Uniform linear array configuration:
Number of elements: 32
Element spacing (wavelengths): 1
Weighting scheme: blackman
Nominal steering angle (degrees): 60
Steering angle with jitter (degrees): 60.256
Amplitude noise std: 0.05
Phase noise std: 0.05

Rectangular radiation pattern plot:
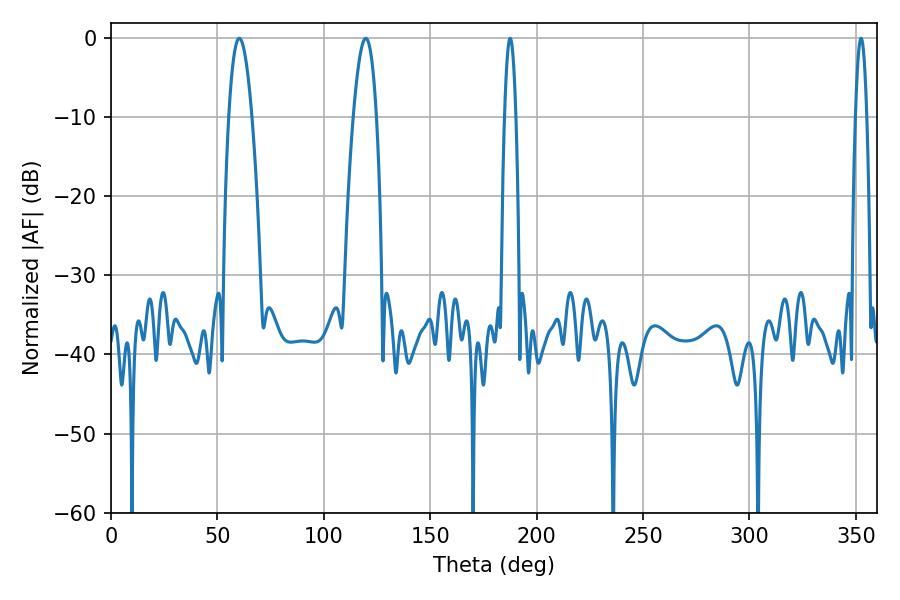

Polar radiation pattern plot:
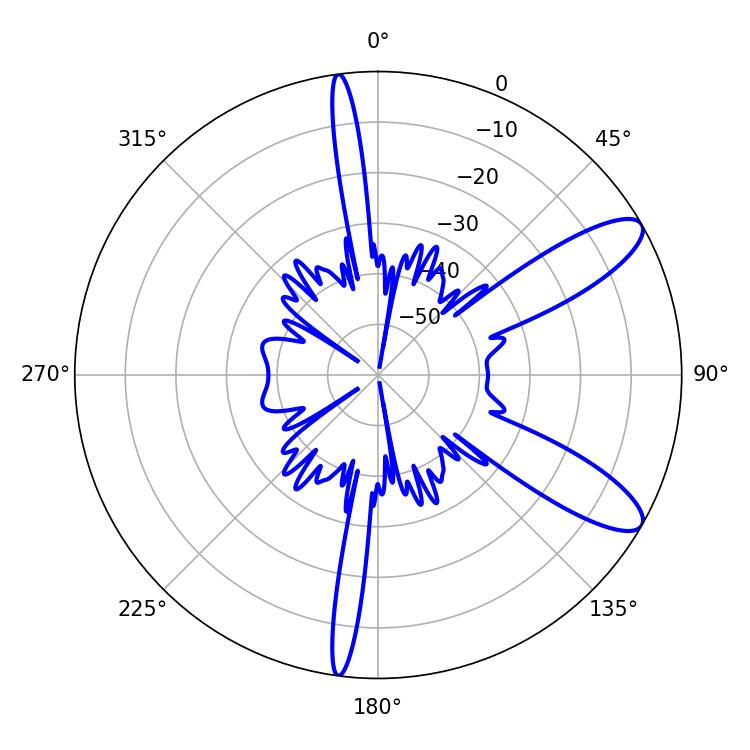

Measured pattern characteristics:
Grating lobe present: TRUE
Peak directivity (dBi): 10.426
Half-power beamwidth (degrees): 2.88
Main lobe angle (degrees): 187.56